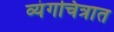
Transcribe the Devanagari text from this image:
व्यंगचित्रात